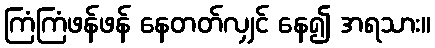
ကြံကြံဖန်ဖန် နေတတ်လျှင် နေ၍ အရသား။